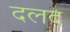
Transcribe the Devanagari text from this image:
दलद